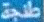
طريقة